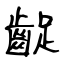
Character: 齪